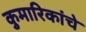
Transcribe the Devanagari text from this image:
कुमारिकांचे